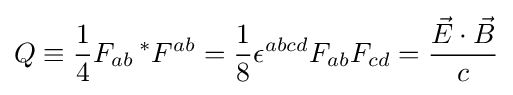
Q\equiv {\frac {1}{4}}F_{ab}\,{}^{*}F^{ab}={\frac {1}{8}}\epsilon ^{abcd}F_{ab}F_{cd}={\frac {{\vec {E}}\cdot {\vec {B}}}{c}}